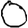
Digit: 0